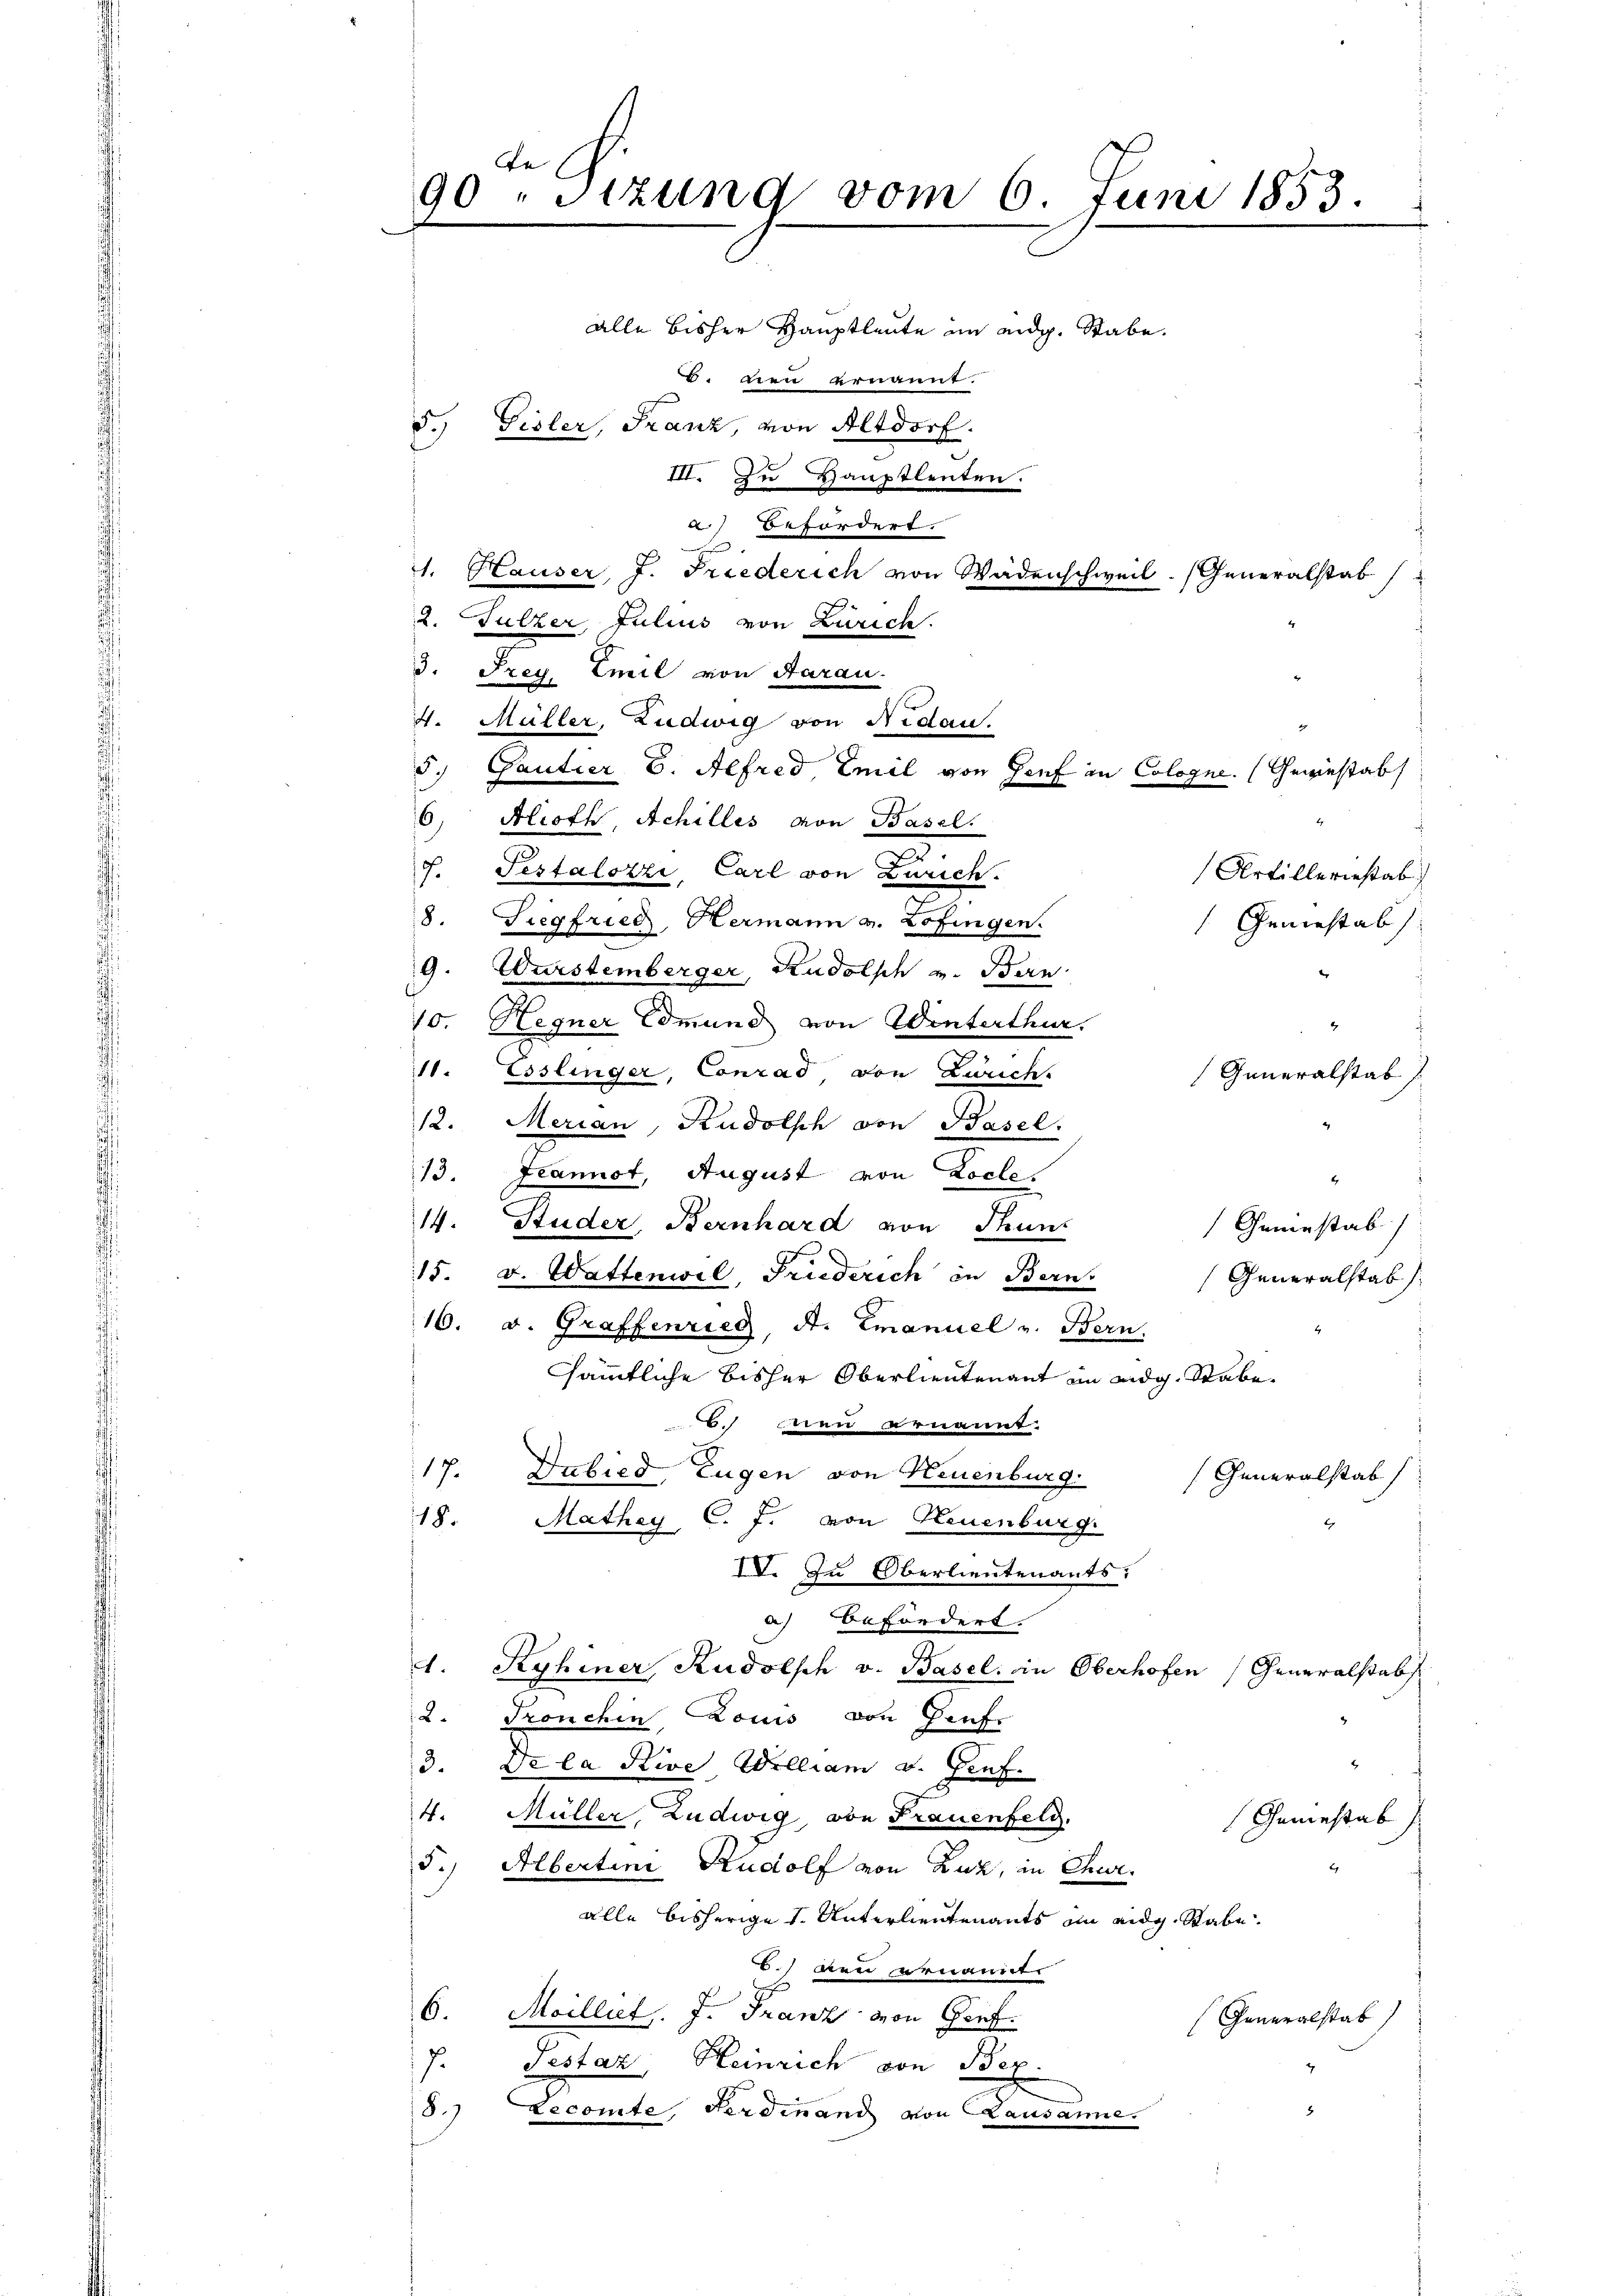
e
90 "sizung vom 6. Juni 1853.
alle bisher Hauptleute ein eidg. Stabe
. den ernannt.
5. Gisler, Franz, von Altdorf.
III. Zu Hauptleuten.

a) Befordert.
.
4. Hauser, J. Friederich von Wädenschweil. Generalstab (
2. Sulzer, Julius von Zürich.
3. Frey. Emil von Aarau
4. Müller, Ludwig von Nidau.
d. Gantier B. Alfred, Emil von Genf in Cologne. (Gewiestab
6, Alioth, Achilles von Basel.
g
f. Testalozzi, Carl von Zürich.
Artilleriestab
8. Siegfried, Hermann v. Zofingen.
Geniestab
9. Wurstemberger, Rudolph v. Bern
10. Hegner Edmund von Winterthur.
11. Esslinger, Conrad von Zürich.
Generalstab,
12. Merian, Rudolsch von Basel.
13. Jeannot, August von Locle.
14. Studer Bernhard von Thuns
Grmesab
15. v. Wattenwil, Friederich in Bern.
Generalstab
16. v. Graffenried, St. Emanuel v. Bern.
sämmtliche bisher Oberlieutenant im eidg. Stabe
6. den ernannt
17. Dabied, Eugen von Neuenburg.
Generalstab
18.
Mathey C. J. von Neuenburg.
IV. Zu Oberlieutenants:
a) Befördert.
A. Kyhiner Rudolph v. Basel. in Oberhofen (Generalstabs
2. Tronchen Louis von Genf.
3. De la Rive William v. Genf.
4. Müller, Ludwig von Frauenfeld.
Gamesab
5.) Albertini Rudolf von Luz, in Chur.
alle bisherige 1. Unterlieutenants im eidg. Rabe.
6.) Den ernannt
6. Mailliet. J. Franz von Genf.
(Generalstab
7.
Testaz Heinrich von Bez.
8.)
8
Lecomte, Ferdinand von Lausanne.